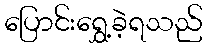
ပြောင်းရွှေ့ခဲ့ရသည်